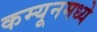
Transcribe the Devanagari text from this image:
कम्यूनमध्ये